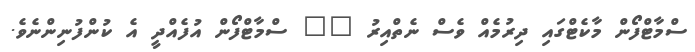
ސްމާޓްފޯން މާކެޓްގައި ދިރުމެއް ވެސް ނެތްއިރު "" ސްމާޓްފޯން އުފެއްދީ އެ ކުންފުނިންނެވެ.